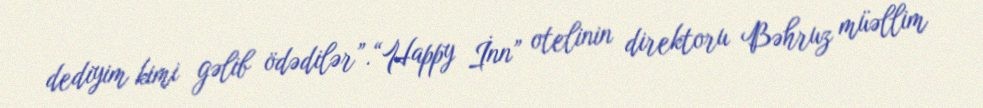
dediyim kimi gəlib ödədilər”.“Happy İnn” otelinin direktoru Bəhruz müəllim